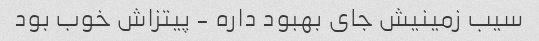
سیب زمینیش جای بهبود داره - پیتزاش خوب بود